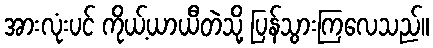
အားလုံးပင် ကိုယ့်ယာယီတဲသို့ ပြန်သွားကြလေသည်။